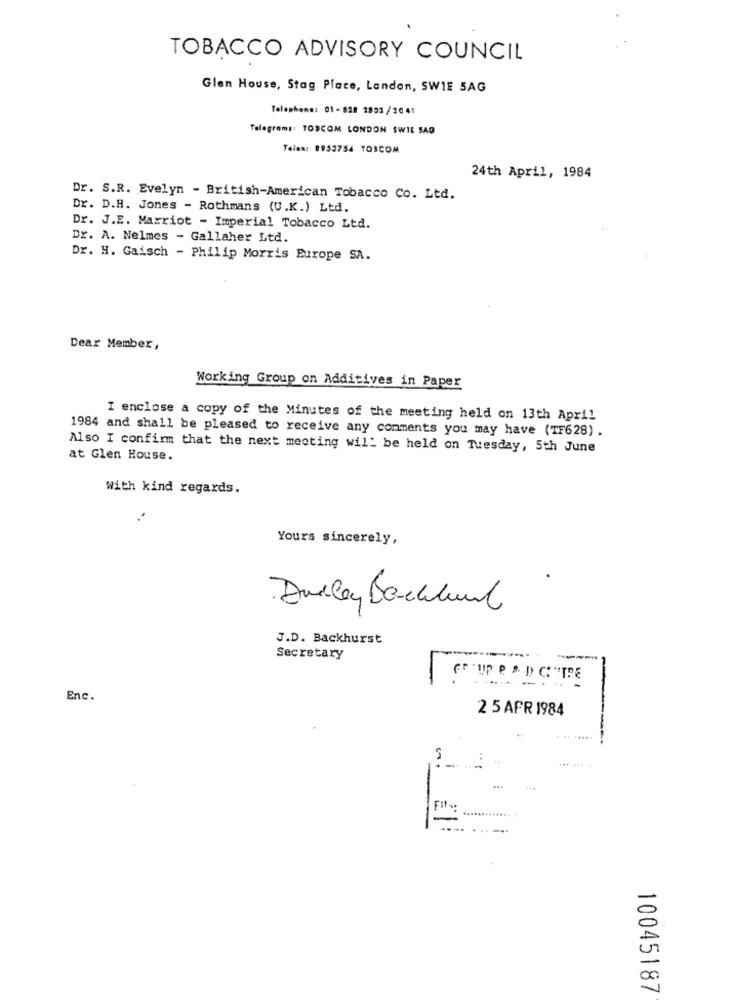
TOBACCO ADVISORY COUNCIL
Glen House, Stag Place, London, SWIE 5AG
Telephone: 01-828 2893/2041
Telegrams: TOSCOM LONDON SWIE SAD
Telen: 8953754 TOICOM
24th April, 1984
Dr. S.R. Evelyn - British-American Tobacco Co. Ltd.
Dr. D.H. Jones - Rothmans (U.K.) Ltd.
Dr. J.E. Marriot - Imperial Tobacco Ltd.
Dr. A. Nelmes - Gallaher Ltd.
Dr. H. Gaisch - Philip Morris Europe SA.
Dear Member,
Working Group on Additives in Paper
I enclose a copy of the Minutes of the meeting held on 13th April
1984 and shall be pleased to receive any comments you may have (TF628) .
Also I confirm that the next meeting will be held on Tuesday, 5th June
at Glen House.
With kind regards.
Yours sincerely,
Dudley Backhand
J.D. Backhurst
Secretary
FF 'UP e " DC:"TPE
Enc.
2 5 APR 1984
. .. .....
-----
5
Fil.
.......
....
10045187